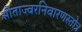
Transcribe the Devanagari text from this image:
सीताज्वरनिवारणस्तोत्र